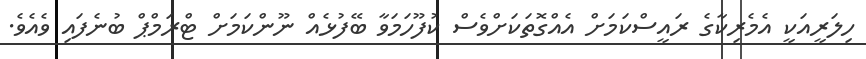
ހިލަރީއަކީ އެމެރިކާގެ ރައީސްކަމަށް އެއްގޮތަކަށްވެސް ކުފޫހަމަވާ ބޭފުޅެއް ނޫންކަމަށް ޓްރަމްޕް ބުނެފައި ވެއެވެ.